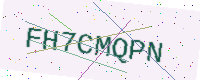
Text: FH7CMQPN